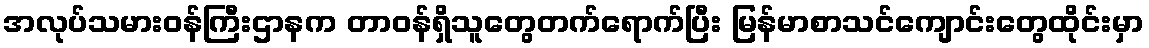
အလုပ်သမားဝန်ကြီးဌာနက တာဝန်ရှိသူတွေတက်ရောက်ပြီး မြန်မာစာသင်ကျောင်းတွေထိုင်းမှာ